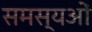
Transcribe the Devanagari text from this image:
समस्यओं